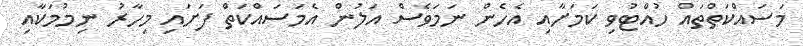
މަސައްކަތްތައް ހުއްޓުވި ކަމަށާއި އެހެން ނަމަވެސް އަލުން އެމަސައްކަތް ފަށައި މިހާރު ނިމުމަކާއި